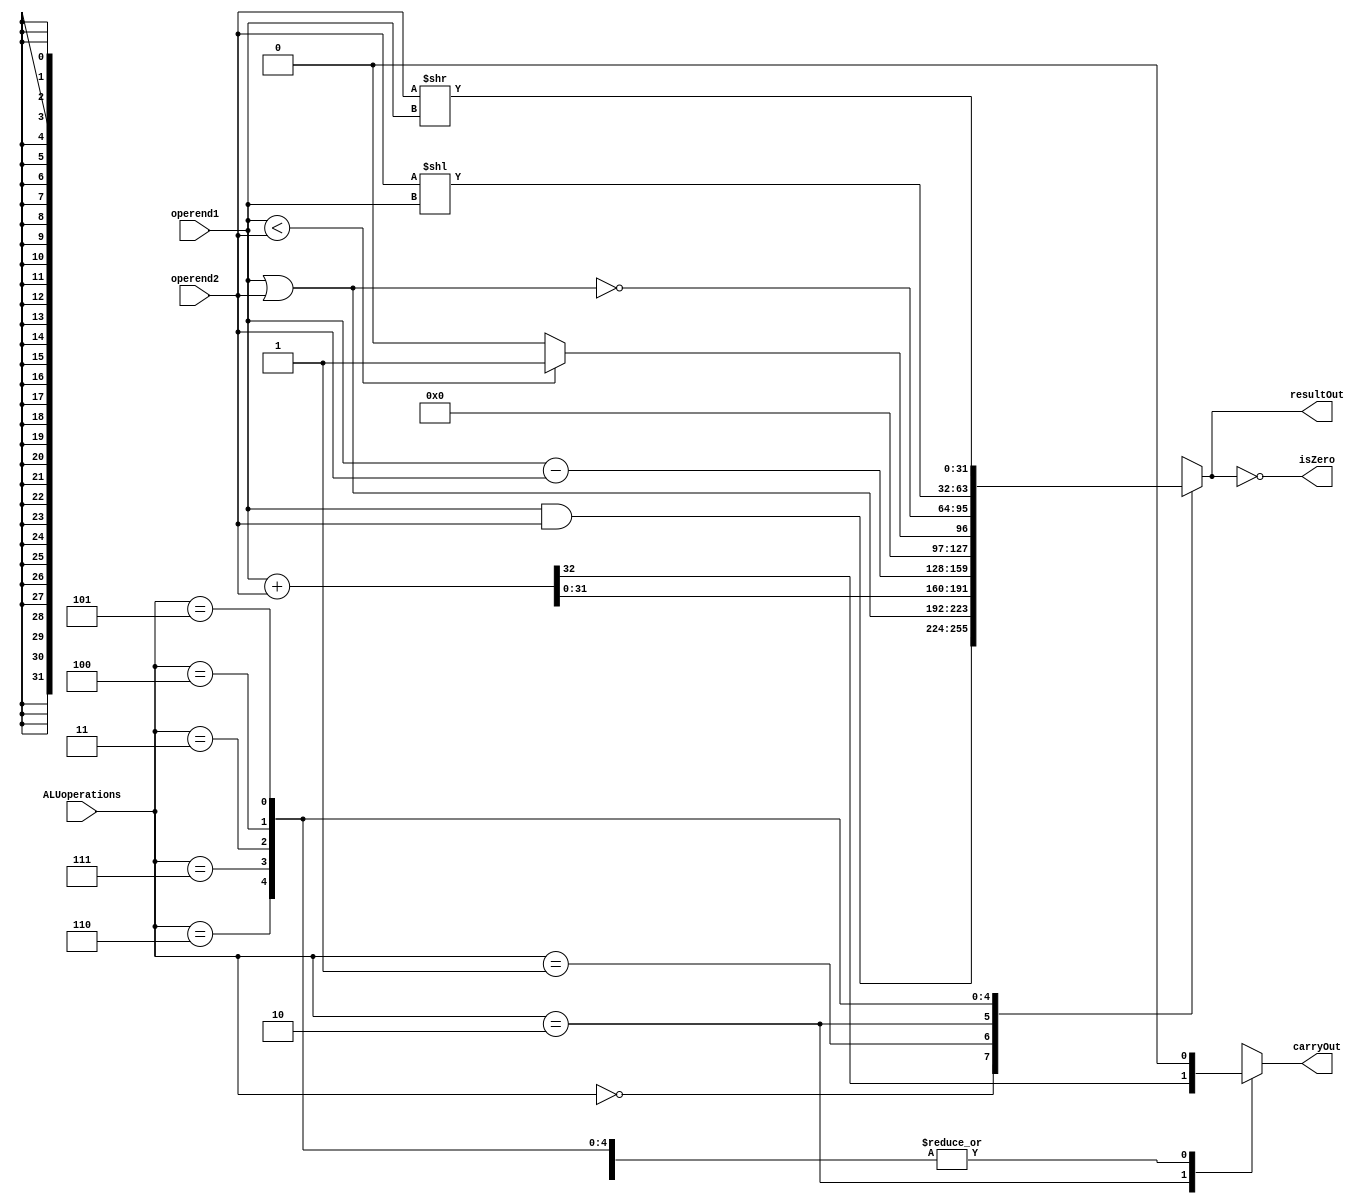
`timescale 1ns/1ps

module ArithmeticLogicUnit
                (
                    input wire [32-1:0]operend1,
                    input wire [32-1:0]operend2,
                    output reg [32-1:0]resultOut,
                    input wire [3-1:0]ALUoperations,
                    output reg carryOut,
                    output wire isZero                
                );


always@(*)    
    begin
        carryOut = 0;
        case(ALUoperations)
            3'b000: resultOut = operend1 & operend2;
            3'b001: resultOut = operend1 | operend2;
            3'b010: {carryOut, resultOut} = operend1 + operend2;
            3'b110: resultOut = operend1 - operend2;
            3'b111: resultOut = (operend1 < operend2) ? 32'h1 : 32'h0;
            3'b011: resultOut = ~(operend1 | operend2); // for NOR
            3'b100 : resultOut = (operend2 << operend1);
            3'b101 : resultOut = (operend2 >> operend1);
            default: begin
                resultOut = 32'h0;
                carryOut = 'hx;
            end
        endcase
    end

assign isZero = (resultOut == 32'h0);
endmodule